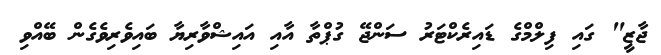
ޖާޒީ" ގައި ފިލްމްގެ ޑައިރެކްޓަރު ސަންޖޭ ގުޕްތާ އާއި އައިޝްވާރިޔާ ބައިވެރިވެގެން ބޭއްވި